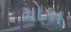
મોકા